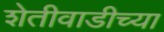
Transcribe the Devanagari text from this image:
शेतीवाडीच्या